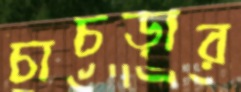
চাচড়ার